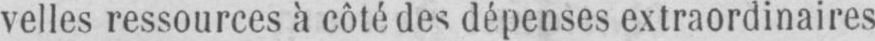
velles ressources à côté des dépenses extraordinaires